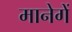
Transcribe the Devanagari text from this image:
मानेगें